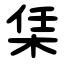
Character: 栠